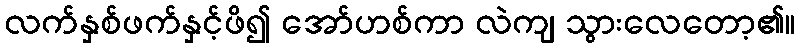
လက်နှစ်ဖက်နှင့်ဖိ၍ အော်ဟစ်ကာ လဲကျ သွားလေတော့၏။